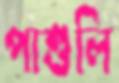
পাশুলি